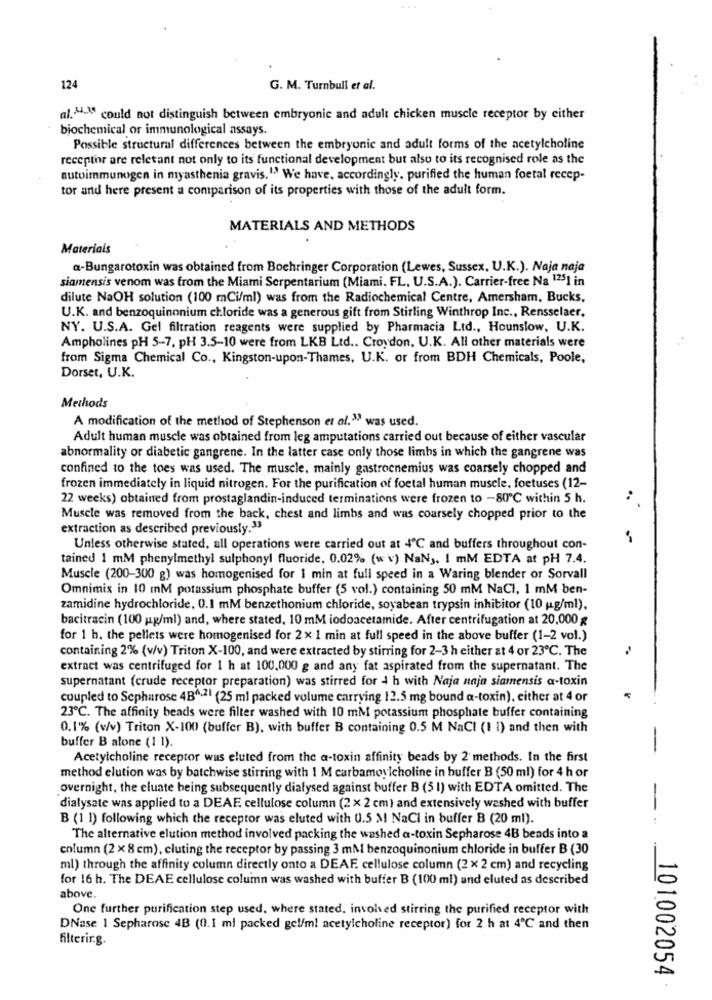
124
G. M. Turnbull et al.
al .. "4-18 could not distinguish between embryonic and adult chicken muscle receptor by either
biochemical or immunological assays.
Possible structural differences between the embryonic and adult forms of the acetylcholine
receptor are relevant not only to its functional development but also to its recognised role as the
autoimmunogen in myasthenia gravis."" We have, accordingly, purified the human foetal recep-
tor and here present a comparison of its properties with those of the adult form.
MATERIALS AND METHODS
Materials
a-Bungarotoxin was obtained from Boehringer Corporation (Lewes, Sussex, U.K.). Naja naja
siamensis venom was from the Miami Serpentarium (Miami. FL, U.S.A.). Carrier-free Na 1251 in
dilute NaOH solution (100 mCi/ml) was from the Radiochemical Centre, Amersham, Bucks,
U.K. and benzoquinonium chloride was a generous gift from Stirling Winthrop Inc ., Rensselaer.
NY. U.S.A. Gel filtration reagents were supplied by Pharmacia Ltd ., Hounslow, U.K.
Ampholines pH 5-7, pH 3.5-10 were from LKB Ltd .. Croydon, U.K. All other materials were
from Sigma Chemical Co ., Kingston-upon-Thames, U.K. or from BDH Chemicals, Poole,
Dorset, U.K.
Methods
A modification of the method of Stephenson et al." was used.
Adult human muscle was obtained from leg amputations carried out because of either vascular
abnormality or diabetic gangrene. In the latter case only those limbs in which the gangrene was
confined to the toes was used. The muscle, mainly gastrocnemius was coarsely chopped and
frozen immediately in liquid nitrogen. For the purification of foetal human muscle, foetuses (12-
22 weeks) obtained from prostaglandin-induced terminations were frozen to -80℃ within 5 h.
:
Muscle was removed from the back, chest and limbs and was coarsely chopped prior to the
extraction as described previously.33
Unless otherwise stated, all operations were carried out at 4℃ and buffers throughout con-
tained 1 mM phenylmethyl sulphonyl fluoride, 0.02% (w v) NaN ,. I mM EDTA at pH 7.4.
Muscle (200-300 g) was homogenised for 1 min at full speed in a Waring blender or Sorvall
Omnimix in 10 mM potassium phosphate buffer (5 vol.) containing 50 mM NaCI, 1 mM ben-
zamidine hydrochloride. 0.1 mM benzethonium chloride, soyabean trypsin inhibitor (10 g/ml).
bacitracin (100 pg/ml) and, where stated, 10 mM iodoacetamide. After centrifugation at 20,000 g
for 1 h. the pellets were homogenised for 2x 1 min at full speed in the above buffer (1-2 vol.)
containing 2% (v/v) Triton X-100, and were extracted by stirring for 2-3 h either at 4 or 23℃. The
extract was centrifuged for 1 h at 100,000 g and any fat aspirated from the supernatant. The
supernatant (crude receptor preparation) was stirred for 4 h with Naja naja siamensis a-toxin
coupled to Sepharose 4B4.21 (25 ml packed volume carrying 12.5 mg bound a-toxin), either at 4 or
23℃. The affinity beads were filter washed with 10 mM potassium phosphate buffer containing
0.1% (v/v) Triton X-100 (buffer B), with buffer B containing 0.5 M NaCI (1 1) and then with
buffer B alone (1 1).
-
Acetylcholine receptor was eluted from the a-toxin affinity beads by 2 methods. In the first
method elution was by batchwise stirring with 1 M carbamoylcholine in buffer B (50 ml) for 4 h or
overnight, the cluate being subsequently dialysed against buffer B (5 1) with EDTA omitted. The
-
dialysate was applied to a DEAE cellulose column (2 x 2 cm) and extensively washed with buffer
B (1 1) following which the receptor was eluted with 0.5 M NaCl in buffer B (20 ml).
The alternative elution method involved packing the washed a-toxin Sepharose 4B beads into a
column (2 x 8 cm), cluting the receptor by passing 3 mM benzoquinonium chloride in buffer B (30
ml) through the affinity column directly onto a DEAF cellulose column (2 x 2 cm) and recycling
for 16 h. The DEAE cellulose column was washed with buffer B (100 ml) and eluted as described
above.
One further purification step used, where stated, involved stirring the purified receptor with
DNase 1 Sepharose 4B (0.1 ml packed gel/m! acetylcholine receptor) for 2 h at 4℃ and then
filterir.g.
101002054